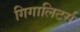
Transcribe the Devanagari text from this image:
गिगालिटर्स